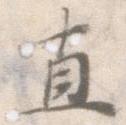
直